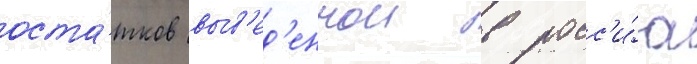
оста́тков выв'ед'еннои в росс'и́ю